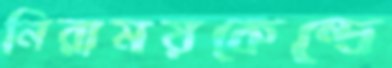
নিরাময়কেন্দ্রে